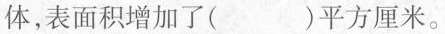
体，表面积增加了( )平方厘米。A.12.56 B.25.12 C.251.2